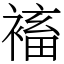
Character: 䙒